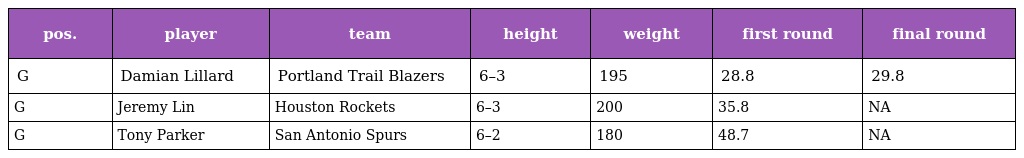
| pos. | player | team | height | weight | first round | final round |
 | --- | --- | --- | --- | --- | --- | --- |
 | G | Damian Lillard | Portland Trail Blazers | 6–3 | 195 | 28.8 | 29.8 |
 | G | Jeremy Lin | Houston Rockets | 6–3 | 200 | 35.8 | NA |
 | G | Tony Parker | San Antonio Spurs | 6–2 | 180 | 48.7 | NA |